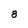
Character: 8